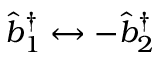
\hat { b } _ { 1 } ^ { \dagger } \leftrightarrow - \hat { b } _ { 2 } ^ { \dagger }